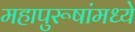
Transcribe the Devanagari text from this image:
महापुरूषांमध्ये